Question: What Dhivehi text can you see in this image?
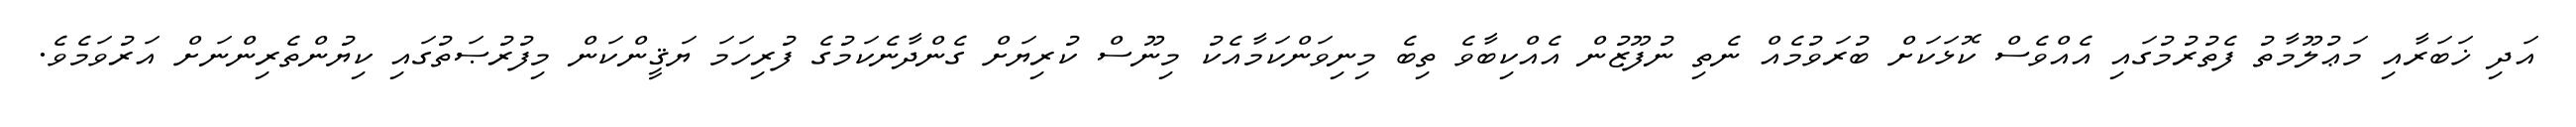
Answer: އަދި ޚަބަރާއި މަޢުލޫމާތު ފެތުރުމުގައި އެއްވެސް ކޮޅަކަށް ބުރަވުމެއް ނެތި ނުފޫޒުން އެއްކިބާވެ ތިބެ މިނިވަންކަމާއެކު މިނޫސް ކުރިޔަށް ގެންދާނެކަމުގެ ފުރިހަމަ ޔަޤީންކަން މިފުރުޞަތުގައި ކިޔުންތެރިންނަށް އަރުވަމެވެ.